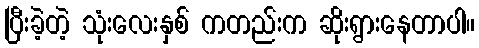
ပြီးခဲ့တဲ့ သုံးလေးနှစ် ကတည်းက ဆိုးရွားနေတာပါ။